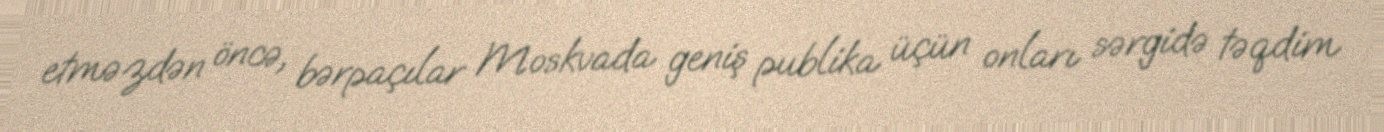
etməzdən öncə, bərpaçılar Moskvada geniş publika üçün onları sərgidə təqdim